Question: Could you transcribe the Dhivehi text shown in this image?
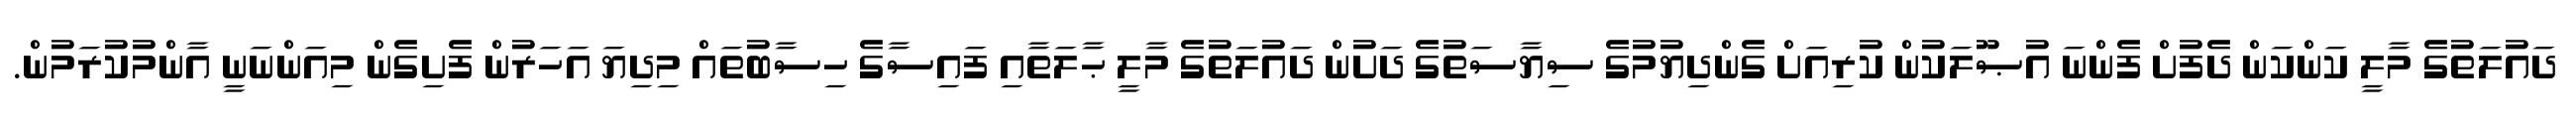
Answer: ދައުލަތުގެ މާލީ ކަންކަން ދެފުށް ފެންނަ އުޞޫލަކުން ކުރިއަށް ގެންދިޔުމުގެ ސިޔާސަތުގެ ދަށުން ދައުލަތުގެ މާލީ ޙާލަތާއި ފައިސާގެ ހިސާބުތައް މިދިޔަ އަހަރުން ފެށިގެން މިއަންނަނީ އާންމުކުރަމުން.